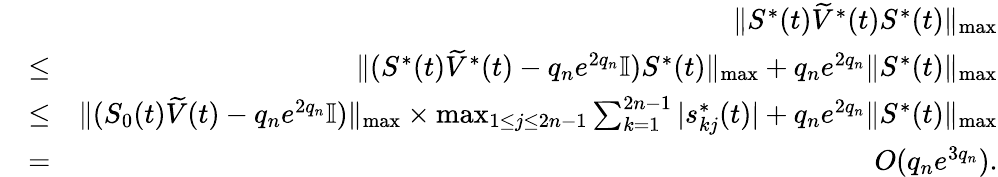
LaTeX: \begin{array}{rlr}&{}&{\| S^{*}(t)\widetilde V^{*}(t)S^{*}(t)\| _{\operatorname*{max}}}\\ &{\le}&{\| (S^{*}(t)\widetilde V^{*}(t)-q_{n}e^{2q_{n}}\mathbb{I})S^{*}(t)\| _{\operatorname*{max}}+q_{n}e^{2q_{n}}\| S^{*}(t)\| _{\operatorname*{max}}}\\ &{\le}&{\| (S_{0}(t)\widetilde V(t)-q_{n}e^{2q_{n}}\mathbb{I})\| _{\operatorname*{max}}\times\operatorname*{max}_{1\le j\le 2n-1}\sum_{k=1}^{2n-1}|s_{kj}^{*}(t)|+q_{n}e^{2q_{n}}\| S^{*}(t)\| _{\operatorname*{max}}}\\ &{=}&{O(q_{n}e^{3q_{n}}).}\end{array}